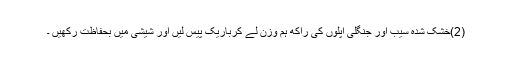
(2)خشک شدہ سیب اور جنگلی اپلوں کی راکھ ہم وزن لے کرباریک پیس لیں اور شیشی میں بحفاظت رکھیں ۔